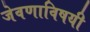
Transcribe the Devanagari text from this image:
जेवणाविषयी